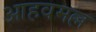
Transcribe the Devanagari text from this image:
आहवमल्ल